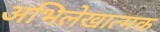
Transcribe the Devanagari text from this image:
अभिलेखात्मक